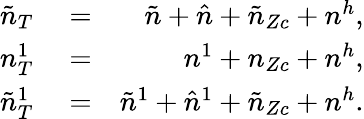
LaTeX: \begin{array}{rlr}{\tilde{n}_{T}}&{{}=}&{\tilde{n}+\hat{n}+\tilde{n}_{Zc}+n^{h},}\\ {n_{T}^{1}}&{{}=}&{n^{1}+n_{Zc}+n^{h},}\\ {\tilde{n}_{T}^{1}}&{{}=}&{\tilde{n}^{1}+\hat{n}^{1}+\tilde{n}_{Zc}+n^{h}.}\end{array}